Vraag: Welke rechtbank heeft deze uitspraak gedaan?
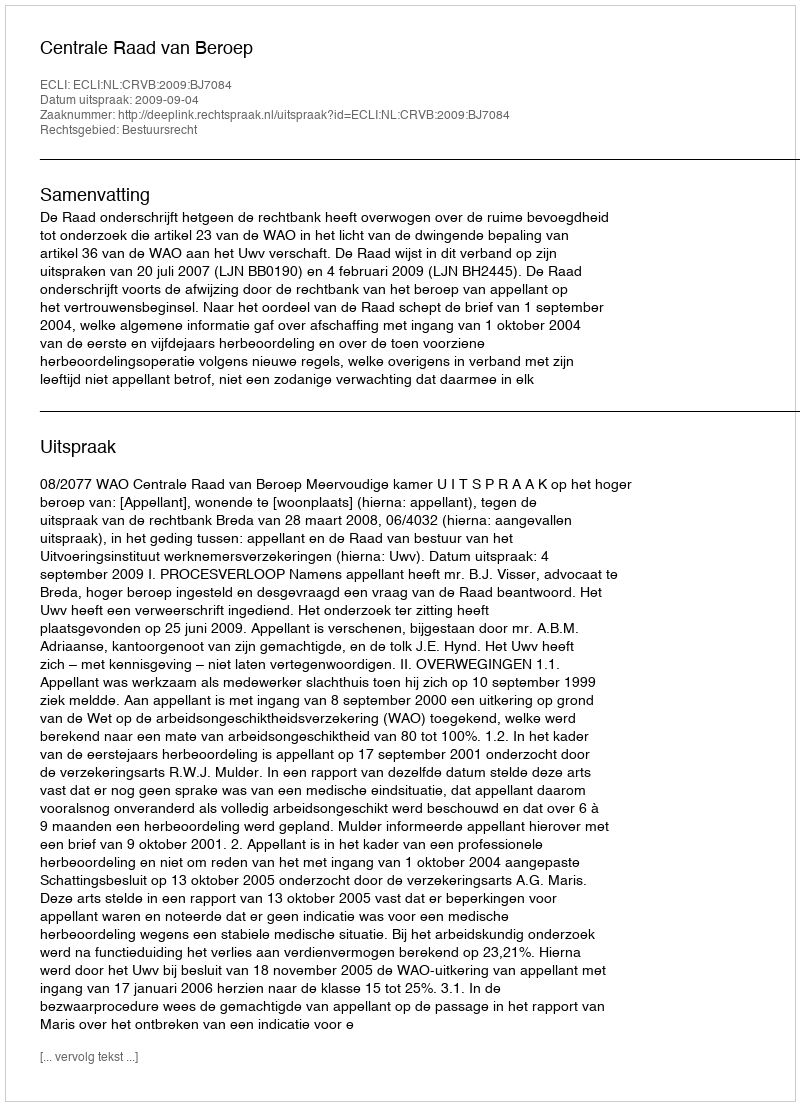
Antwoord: Centrale Raad van Beroep